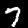
Digit: 7